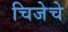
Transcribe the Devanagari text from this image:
चिजेचे